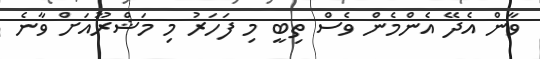
ވާން އެދޭ އެންމެން ވެސް ތިބީ މި ފަހަރު މި މަޝްރޫއަށް ވާނެ